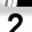
Digit: 2